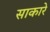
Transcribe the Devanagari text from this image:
साकारे